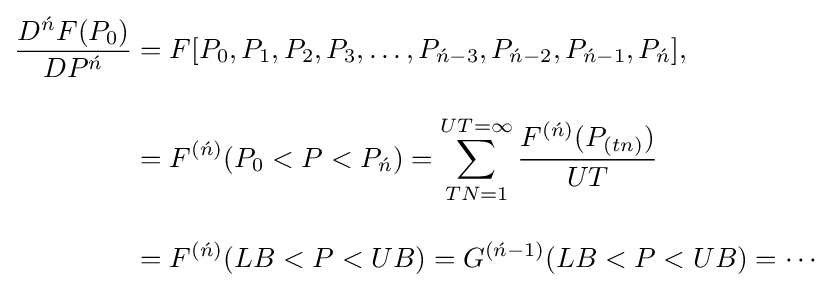
{\begin{aligned}{\frac {D^{\acute {n}}F(P_{0})}{DP^{\acute {n}}}}&=F[P_{0},P_{1},P_{2},P_{3},\ldots ,P_{{\acute {n}}-3},P_{{\acute {n}}-2},P_{{\acute {n}}-1},P_{\acute {n}}],\\[10pt]&=F^{({\acute {n}})}(P_{0}<P<P_{\acute {n}})=\sum _{TN=1}^{UT=\infty }{\frac {F^{({\acute {n}})}(P_{(tn)})}{UT}}\\[10pt]&=F^{({\acute {n}})}(LB<P<UB)=G^{({\acute {n}}-1)}(LB<P<UB)=\cdots \end{aligned}}